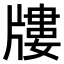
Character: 𤗬